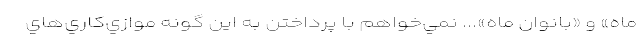
ماه» و «بانوان ماه»... نمي‌خواهم با پرداختن به اين گونه موازي‌كاري‌هاي